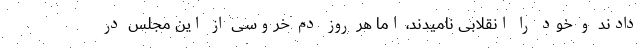
دادند و خود را انقلابی نامیدند، اما هر روز دم خروسی از این مجلس در